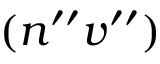
( n ^ { \prime \prime } v ^ { \prime \prime } )